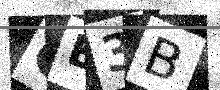
Text: GB3B